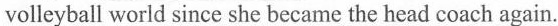
volleyball world since she became the head coach again.